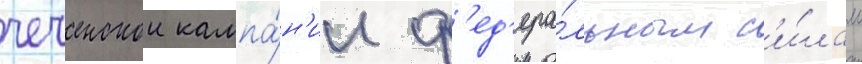
чеченскои кампа́н'ии ф'ед'ера́льным с'и́лам